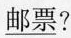
邮票？